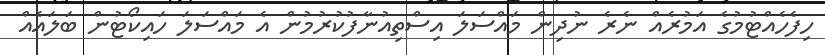
ހިފެހެއްޓުމުގެ އަމުރެއް ނެރެ ނުދިން މައްސަލަ އިސްތިއުނާފުކުރުމުން އެ މައްސަލަ ހައިކޯޓުން ބަލައެއް